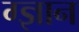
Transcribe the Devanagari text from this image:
ग्ज्ञान